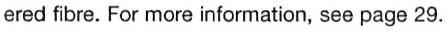
ered fibre. For more information, see page 29.